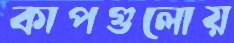
কাপগুলোয়